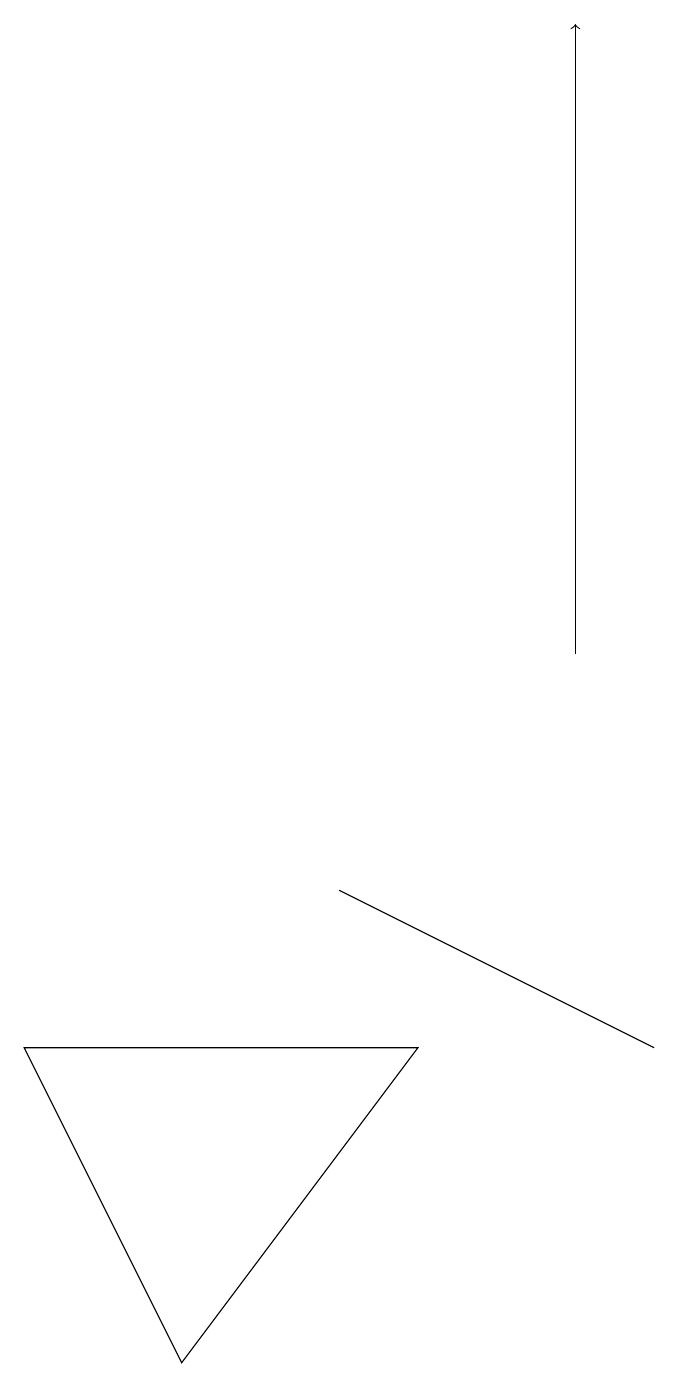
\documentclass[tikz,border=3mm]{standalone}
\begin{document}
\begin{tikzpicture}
\draw (0,5) -- (5,5) -- (2,1) -- cycle;
\draw[->] (7,10) -- (7,18);
\draw (6,6) -- (4,7) -- (8,5) -- cycle;
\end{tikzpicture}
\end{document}